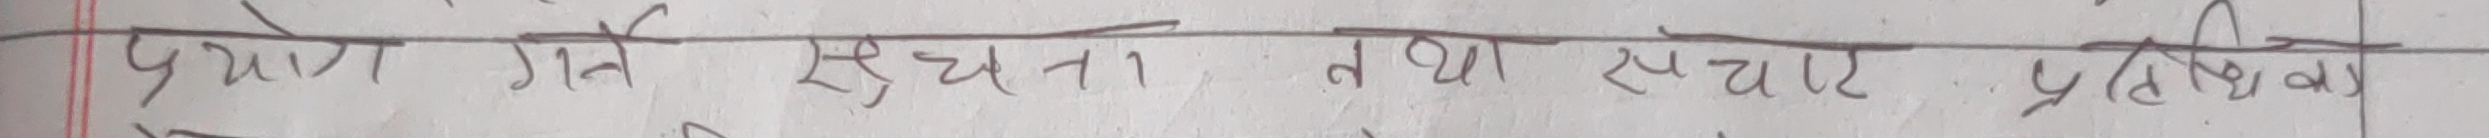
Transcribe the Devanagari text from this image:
प्रयोग गर्ने सूचना तथा सञ्चार प्रविधिको